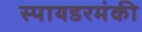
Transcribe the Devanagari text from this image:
स्पायडरमंकी